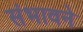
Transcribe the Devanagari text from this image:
संभावने